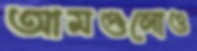
আমগুলোও